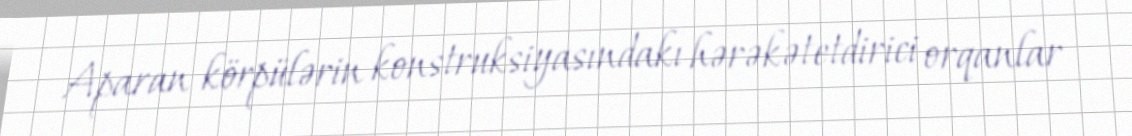
Aparan körpülərin konstruksiyasındakı hərəkətetdirici orqanlar